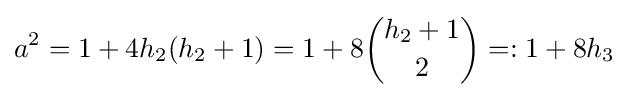
a^{2}=1+4h_{2}(h_{2}+1)=1+8{\binom {h_{2}+1}{2}}=:1+8h_{3}